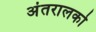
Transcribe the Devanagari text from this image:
अंतरालको